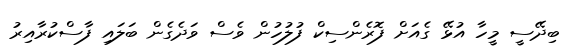
ބިދޭސީ މީހާ އުޅޭ ގެއަށް ފޮރެންސިކް ފުލުހުން ވެސް ވަދެގެން ބަލައި ފާސްކުރާއިރު